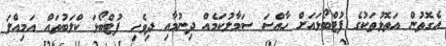
އެގޮތުން އަތޮޅުތަކުގެ ފުޓްބޯޅައަށް ހާއްސަ ސަމާލުކަމެއް ދިނުމާއި ދިވެހި ފުޓްބޯޅަ ކްލަބުތައް އަމިއްލަ